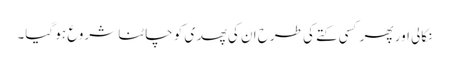
نکالی اور پھر کسی کتے کی طرح ان کی پھدی کو چاٹنا شروع ہو گیا۔